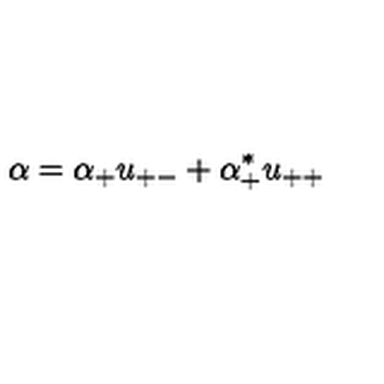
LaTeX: \alpha = \alpha _ { + } u _ { + - } + \alpha _ { + } ^ { * } u _ { + + }